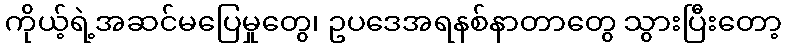
ကိုယ့်ရဲ့အဆင်မပြေမှုတွေ၊ ဥပဒေအရနစ်နာတာတွေ သွားပြီးတော့